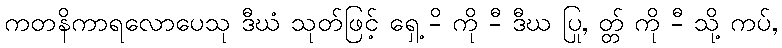
ကတနိကာရလောပေသု ဒီဃံ သုတ်ဖြင့် ရှေ့ -ိ ကို -ီ ဒီဃ ပြု, တ္တ် ကို -ီ သို့ ကပ်,